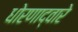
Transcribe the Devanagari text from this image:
धोरणाद्वारे